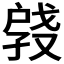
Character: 𫼑